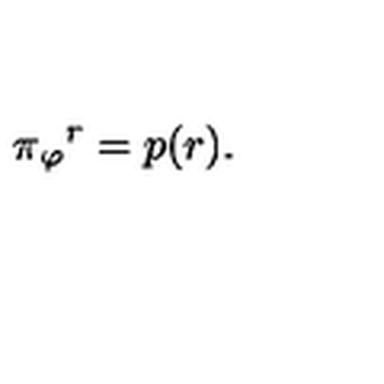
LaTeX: \pi { _ { \varphi } } { ^ { r } } = p ( r ) .